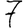
Digit: 7